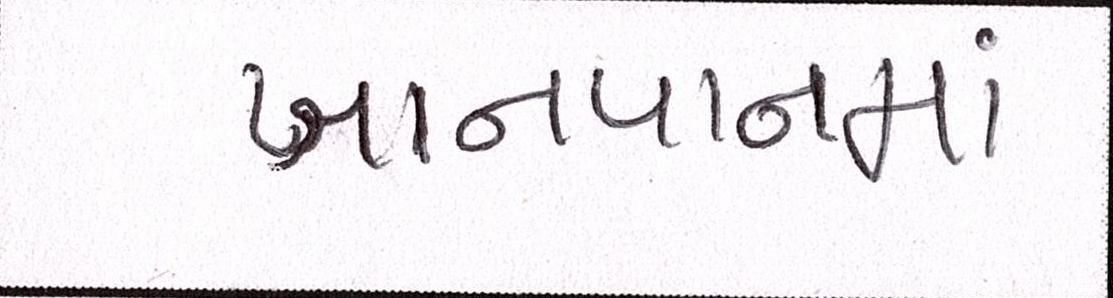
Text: ખાનપાનમાં